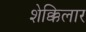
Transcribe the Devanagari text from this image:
शेक्किलार